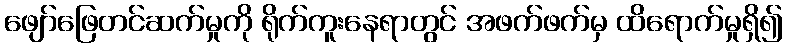
ဖျော်ဖြေတင်ဆက်မှုကို ရိုက်ကူးနေရာတွင် အဖက်ဖက်မှ ထိရောက်မှုရှိ၍